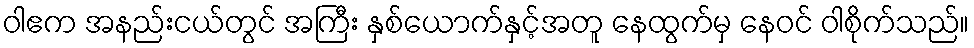
ဝါဧက အနည်းငယ်တွင် အကြီး နှစ်ယောက်နှင့်အတူ နေထွက်မှ နေဝင် ဝါစိုက်သည်။